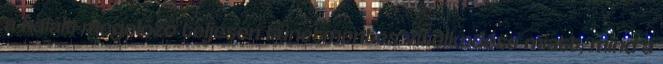
a halált megelõzõ teljesen tünetmentes viselkedése miatt, mind a